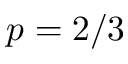
p = 2 / 3